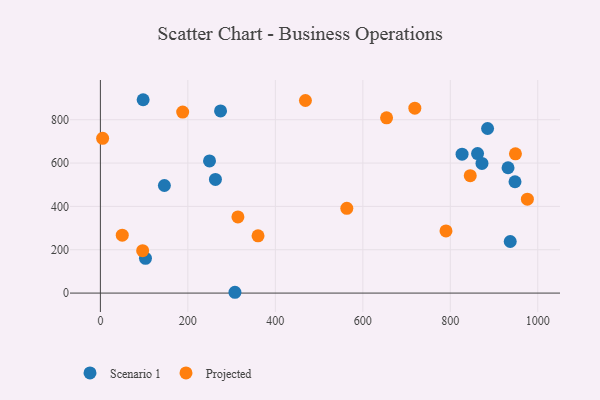
{"axis": {"x": "Experience", "y": "Salary"}, "legend": ["Projected", "Scenario 1"], "data": [{"x": "307.6", "y": 3.7, "type": "Scenario 1"}, {"x": "826.9", "y": 641.1, "type": "Scenario 1"}, {"x": "263.0", "y": 524.4, "type": "Scenario 1"}, {"x": "146.3", "y": 496.3, "type": "Scenario 1"}, {"x": "249.5", "y": 609.6, "type": "Scenario 1"}, {"x": "937.0", "y": 238.1, "type": "Scenario 1"}, {"x": "97.7", "y": 892.2, "type": "Scenario 1"}, {"x": "862.3", "y": 643.8, "type": "Scenario 1"}, {"x": "947.9", "y": 513.8, "type": "Scenario 1"}, {"x": "274.7", "y": 840.7, "type": "Scenario 1"}, {"x": "885.2", "y": 759.5, "type": "Scenario 1"}, {"x": "103.1", "y": 160.4, "type": "Scenario 1"}, {"x": "872.4", "y": 598.4, "type": "Scenario 1"}, {"x": "932.0", "y": 578.3, "type": "Scenario 1"}, {"x": "948.9", "y": 642.7, "type": "Projected"}, {"x": "976.2", "y": 433.5, "type": "Projected"}, {"x": "96.6", "y": 195.8, "type": "Projected"}, {"x": "360.4", "y": 264.0, "type": "Projected"}, {"x": "790.1", "y": 287.0, "type": "Projected"}, {"x": "468.8", "y": 888.7, "type": "Projected"}, {"x": "718.9", "y": 853.4, "type": "Projected"}, {"x": "563.4", "y": 390.9, "type": "Projected"}, {"x": "5.1", "y": 714.2, "type": "Projected"}, {"x": "845.6", "y": 541.6, "type": "Projected"}, {"x": "654.3", "y": 808.6, "type": "Projected"}, {"x": "188.1", "y": 835.4, "type": "Projected"}, {"x": "314.4", "y": 351.4, "type": "Projected"}, {"x": "50.0", "y": 267.0, "type": "Projected"}]}